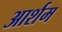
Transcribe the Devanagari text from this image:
आर्शम